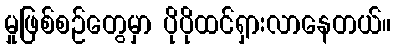
မှုဖြစ်စဉ်တွေမှာ ပိုပိုထင်ရှားလာနေတယ်။